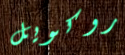
روكويل